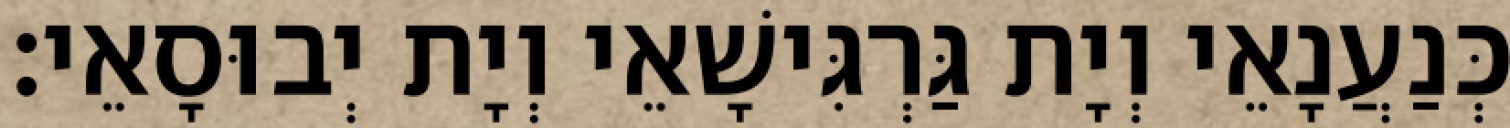
כְּנַעֲנָאֵי וְיָת גַּרְגִּישָׁאֵי וְיָת יְבוּסָאֵי׃